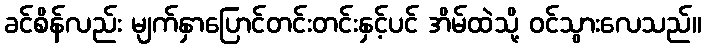
ခင်စိန်လည်း မျက်နှာပြောင်တင်းတင်းနှင့်ပင် အိမ်ထဲသို့ ဝင်သွားလေသည်။